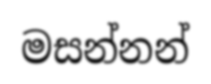
මසන්නන්